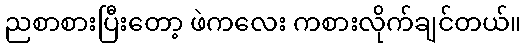
ညစာစားပြီးတော့ ဖဲကလေး ကစားလိုက်ချင်တယ်။